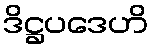
ဒိဋ္ဌပဒေဟိ